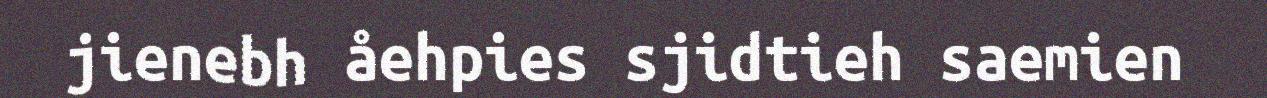
jienebh åehpies sjidtieh saemien